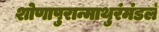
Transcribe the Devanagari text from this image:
शोणापुरान्माथुरंमंडलं